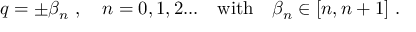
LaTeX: q = \pm \beta _ { n } \ , \quad n = 0 , 1 , 2 . . . \quad \mathrm { w i t h } \quad \beta _ { n } \in [ n , n + 1 ] \ .